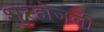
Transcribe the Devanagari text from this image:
शुरहोजली